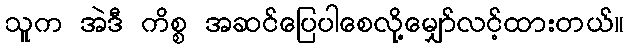
သူက အဲဒီ ကိစ္စ အဆင်ပြေပါစေလို့မျှော်လင့်ထားတယ်။